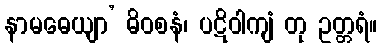
နာမဓေယျာ’ ဓိဝစနံ၊ ပဋိဝါကျံ တု ဥတ္တရံ။